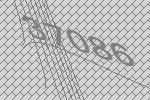
37086